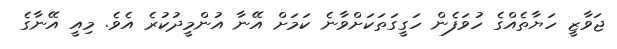
ޖަވާޒީ ހަޔާތެއްގެ ހުވަފެން ހަގީގަތަކަށްވާނެ ކަމަށް އޭނާ އުންމީދުކުރެ އެވެ. މިއީ އޭނާގެ